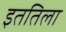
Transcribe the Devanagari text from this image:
इततिला